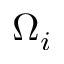
\Omega _ { i }